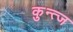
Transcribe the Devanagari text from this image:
कुन्त्ज